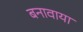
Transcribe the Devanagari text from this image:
बनावाया